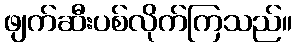
ဖျက်ဆီးပစ်လိုက်ကြသည်။